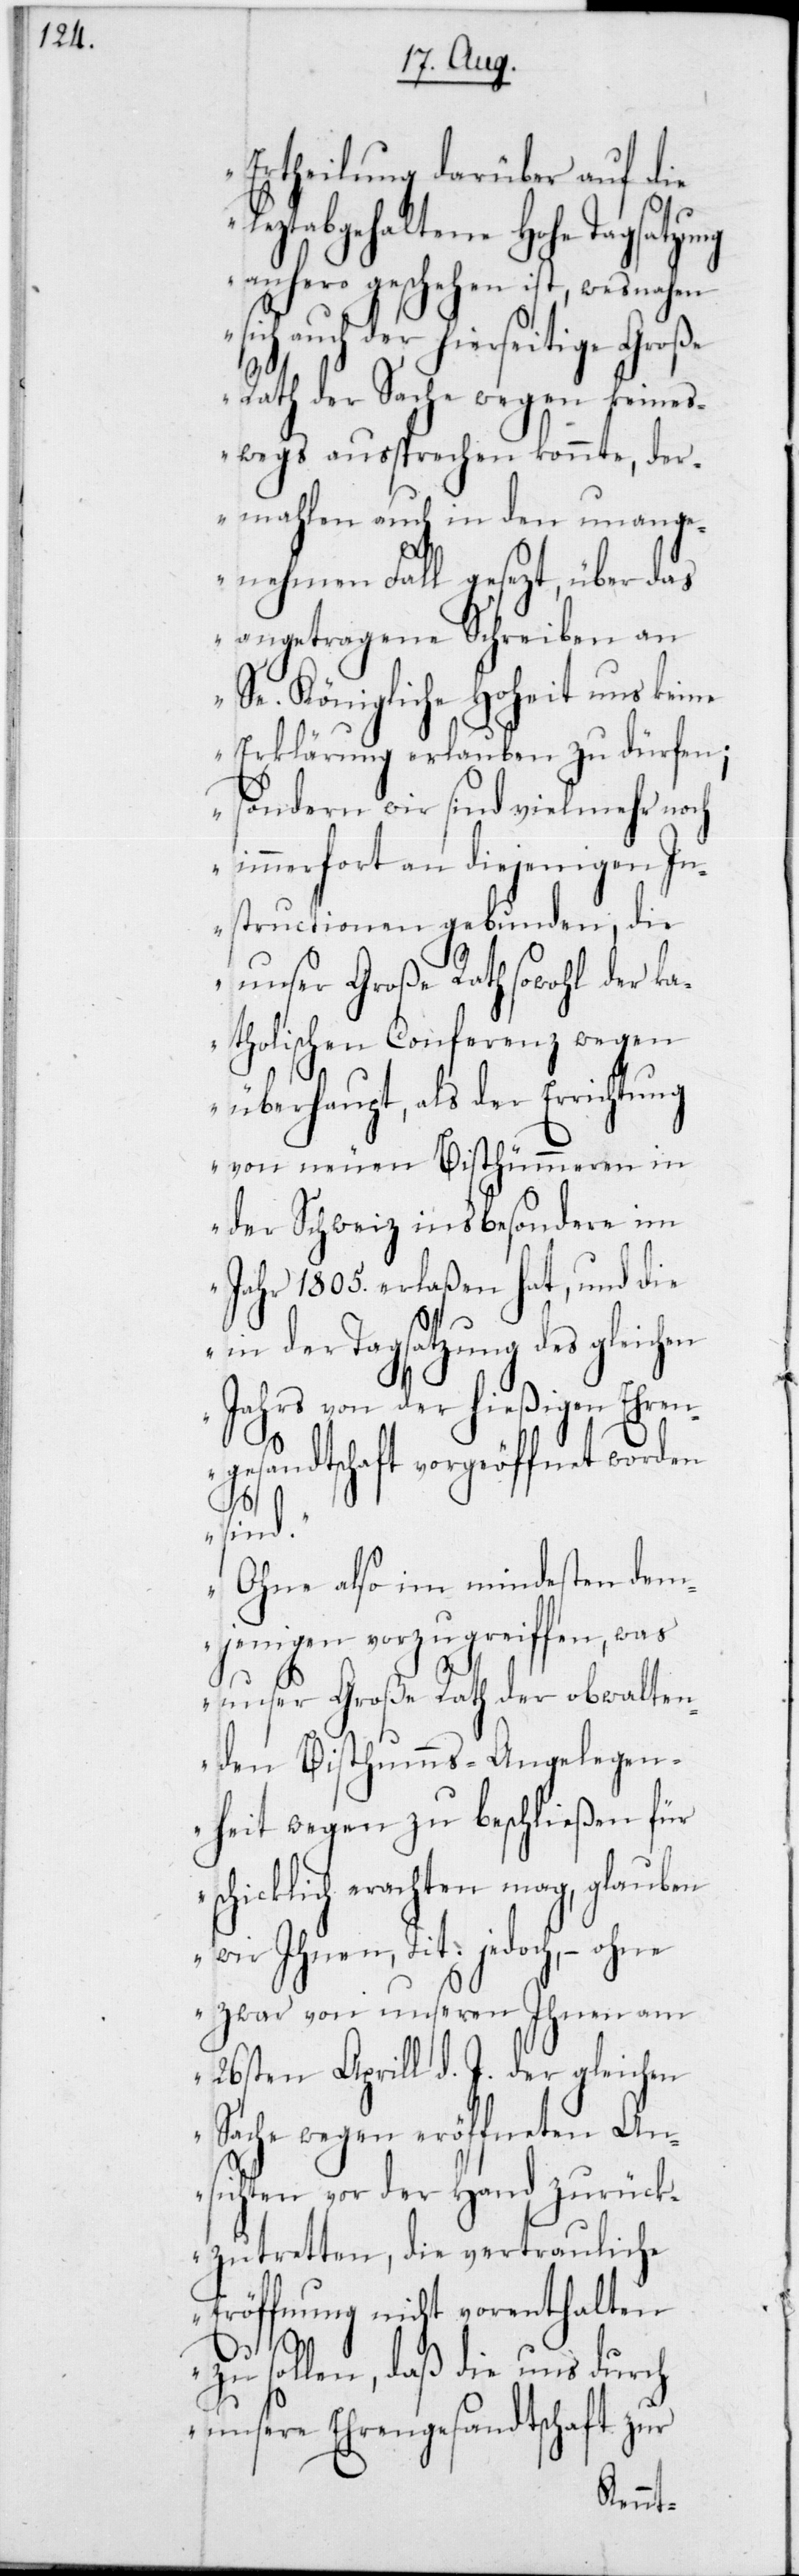
Ertheilung darüber auf die
Tagsatzung des gleichen
anhero geschehen ist, wesnahen
auch der hierseitige Große
Rath der Sache wegen keines¬
wegs aussprechen konnte, der¬
mahlen auch in den unang¬
enehmen Fall gesezt, über das
angetragene Schreiben an
Se. Königliche Hoheit uns keine
Erklärung erlauben zu dürfen;
sondern wir sind vielmehr noch
immerfort an diejenigen In¬
structionen gebunden, die
unser Große Rath sowohl der ka¬
tholischen Conferenz wegen
überhaupt, als der Errich¬
von neuen Bisthümmeren in
der Schweiz insbesondere im
Jahr 1805 erlaßen hat, und die
Jahrs von der hießigen Ehren¬
gesandtschaft vorgeöffnet worden
sind.
Ohne also im Mindesten dem¬
jenigen vorzugreifen, was
unser Große Rath der obwalten¬
den Bisthumms-Angelegen¬
der
heit wegen zu beschließen
schicklich erachten mag, glauben
wir Ihnen, Tit. jedoch, – ohne
zwar von unseren Ihnen am
26sten Aprill d. J. der gleichen
Sache wegen eröffneten An¬
sichten vor der Hand zurück¬
zutretten, die vertrauliche
Eröffnung nicht vorenthalten
zu sollen, daß die uns durch
unsere Ehrengesandtschaft zur